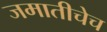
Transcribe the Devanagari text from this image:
जमातीचेच